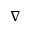
\boldsymbol { \nabla }